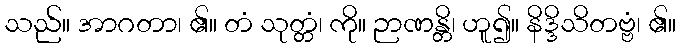
သည်။ အာဂတာ၊ ၏။ တံ သုတ္တံ၊ ကို။ ဉာဏန္တိ၊ ဟူ၍။ နိဒ္ဒိသိတဗ္ဗံ၊ ၏။